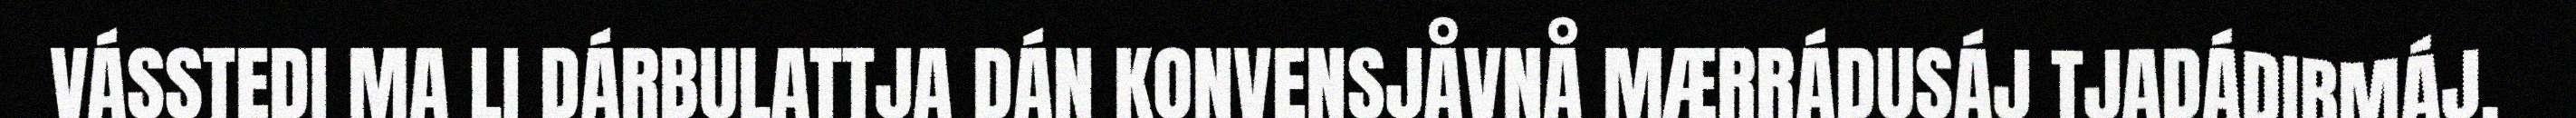
VÁSSTEDI MA LI DÁRBULATTJA DÁN KONVENSJÅVNÅ MÆRRÁDUSÁJ TJADÁDIBMÁJ.